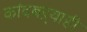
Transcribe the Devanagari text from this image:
कांदबऱ्याही